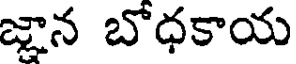
జ్ఞాన బోధకాయ